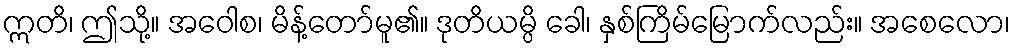
ဣတိ၊ ဤသို့။ အဝေါစ၊ မိန့်တော်မူ၏။ ဒုတိယမ္ပိ ခေါ၊ နှစ်ကြိမ်မြောက်လည်း။ အစေလော၊